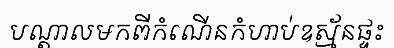
បណ្តាលមកពីកំណើនកំហាប់ឧស្ម័នផ្ទះ